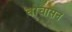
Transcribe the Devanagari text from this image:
बोचासन